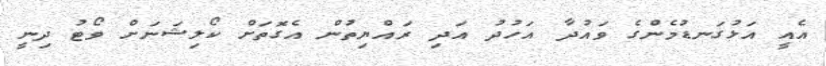
އެއީ އަޅުގަނޑުމެންގެ ވައުދާ އަހުދު އަދި ރައްޔިތުން އެގޮތަށް ކޯލިޝަނަށް ވޯޓު ދިނީ